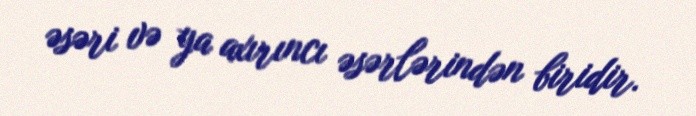
əsəri və ya axırıncı əsərlərindən biridir.